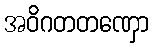
အဝိဂတတဏှော